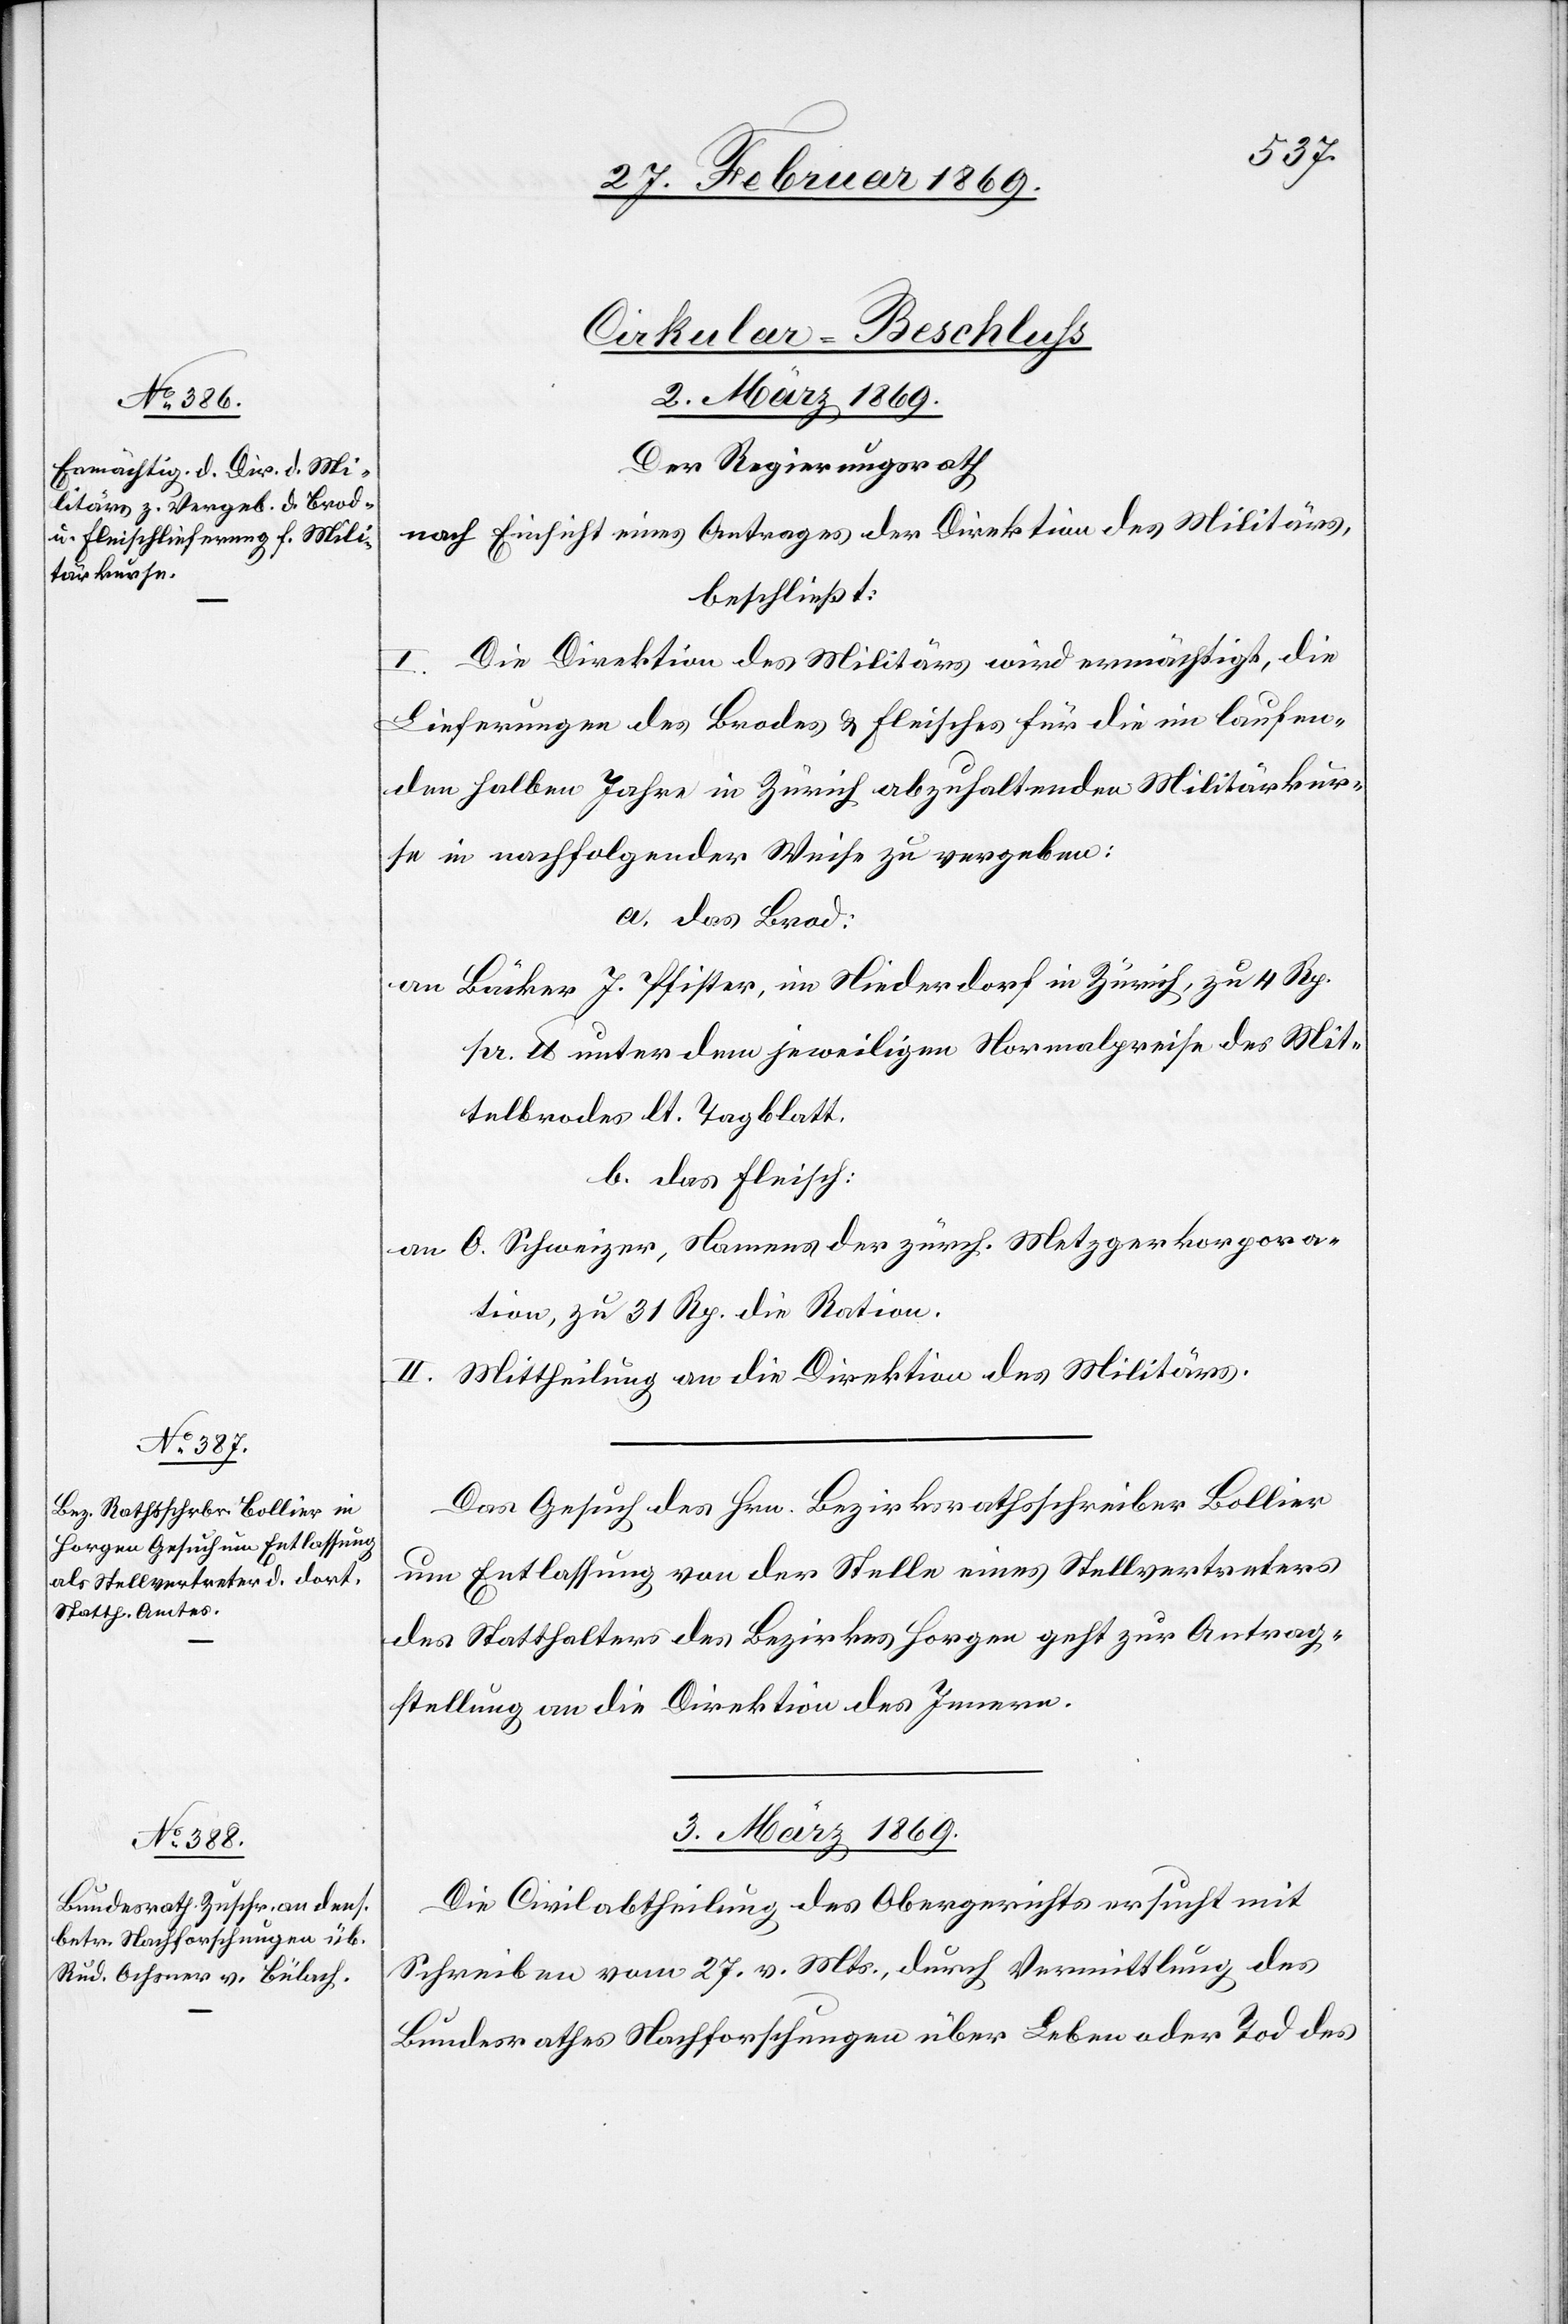
Cirkular-Beschluß
2. März 1869.]
Der Regierungsrath
nach Einsicht eines Antrages der Direktion des Militärs,
beschließt:
I. Die Direktion des Militärs wird ermächtigt, die
Lieferungen des Brodes & Fleisches für die im laufen¬
den halben Jahre in Zürich abzuhaltenden Militärkur¬
se in nachfolgender Weise zu vergeben:
a. Das Brod:
an Bäcker J. Pfister, im Niederdorf in Zürich, zu 4 Rp.
pr. lb unter dem jeweiligen Normalpreise des Mit¬
telbrodes lt. Tagblatt.
b. Das Fleisch:
an O. Schweizer, Namens der zürch. Metzgerkorpora¬
tion, zu 31 Rp. die Ration.
II. Mittheilung an die Direktion des Militärs.
Das Gesuch des Hrn. Bezirksrathsschreiber Bollier
um Entlassung von der Stelle eines Stellvertreters
des Statthalters des Bezirks Horgen geht zur Antrag¬
stellung an die Direktion des Innern.
3. März 1869.
Die Civilabtheilung des Obergerichtes ersucht mit
Schreiben vom 27. v. Mts., durch Vermittlung des
Bundesrathes Nachforschungen über Leben oder Tod des